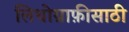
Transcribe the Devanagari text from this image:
लिथोग्राफ़ीसाठी